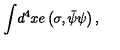
{ \int } d ^ { 4 } x e \left( \sigma , { \bar { \psi } \psi } \right) ,